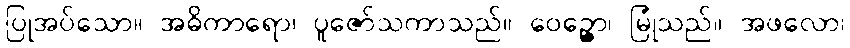
ပြုအပ်သော။ အဓိကာရော၊ ပူဇော်သကာသည်။ ဝေဉ္ဇော၊ မြုံသည်။ အဖလော၊